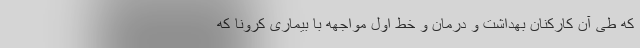
که طی آن کارکنان بهداشت و درمان و خط اول مواجهه با بیماری کرونا که